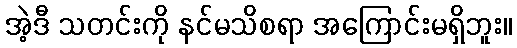
အဲ့ဒီ သတင်းကို နင်မသိစရာ အကြောင်းမရှိဘူး။